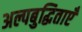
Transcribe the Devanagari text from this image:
अल्पबुद्धिताएँ